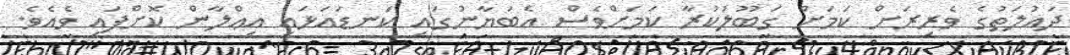
ދައުލަތުގެ ވެރިރަށް ކަމަށް ގަބޫލުކުރާ ކަމަށްވެސް އެބަޔާނުގައި ކަނޑައަޅައި އިޢްލާން ކޮށްފައި ވެއެވެ.